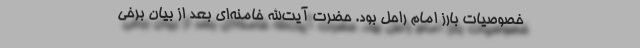
خصوصیات بارز امام راحل بود. حضرت آیت‌الله خامنه‌ای بعد از بیان برخی